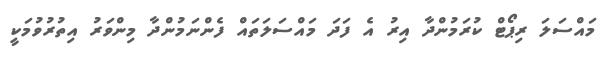
މައްސަލަ ރިޕޯޓް ކުރަމުންދާ އިރު އެ ފަދަ މައްސަލަތައް ފެންނަމުންދާ މިންވަރު އިތުރުވުމަކީ